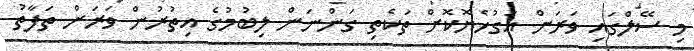
މި ސޭލްގައި ވަރަށް އަގުހެޔޮކޮށް ތަކެތި ގަންނަން ލިބުމުގެ އިތުރުން ވަރަށް ތަފާތު